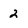
Character: 2